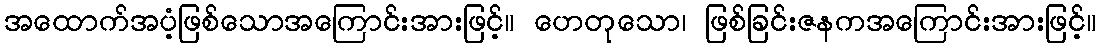
အထောက်အပံ့ဖြစ်သောအကြောင်းအားဖြင့်။ ဟေတုသော၊ ဖြစ်ခြင်းဇနကအကြောင်းအားဖြင့်။